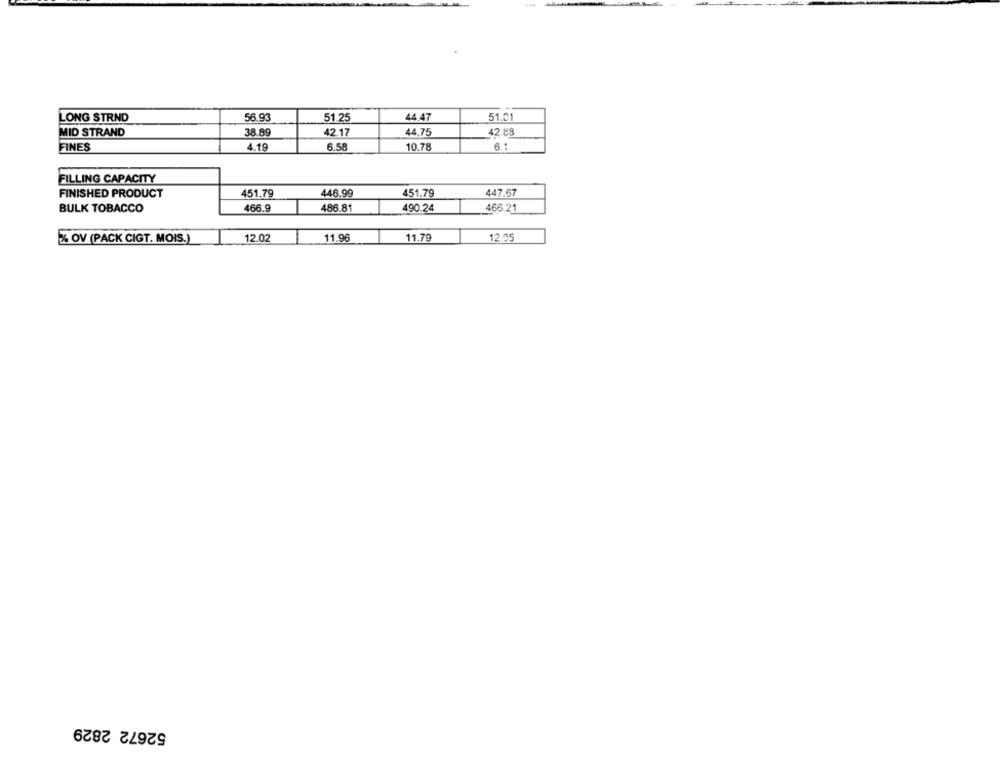
+44
LONG STRND
56.93
51 25
44.47
51.01
MID STRAND
38.89
42.17
44,75
42.88
FINES
4.19
6.58
10.78
6.1
FILLING CAPACITY
FINISHED PRODUCT
451.79
446.99
451.79
447.67
BULK TOBACCO
466.9
486.81
490.24
466.21
OV (PACK CIGT. MOIS.)
12.02
11.96
1.79
12.05
52672 2829